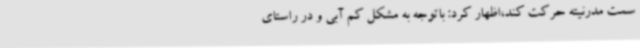
سمت مدرنیته حرکت کند،اظهار کرد: باتوجه به مشکل کم آبی و در راستای